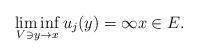
LaTeX: \begin{align*} \liminf_{V\ni y\to x} u_j(y)=\infty x\in E.\end{align*}